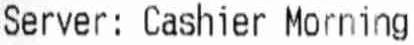
SERVER: CASHIER MORNING